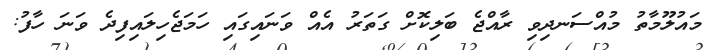
މައުލޫމާތު މުއްސަނދިވި ރާއްޖެ ބަލިކޮށް ގަތަރު އެއް ވަނައިގައި ހަަަމަޖެހިލައިފިދެ ވަނަ ހާފު: